Madras plague regulations in force outside the Presidency town - Volume 1
Disease focus: Plague
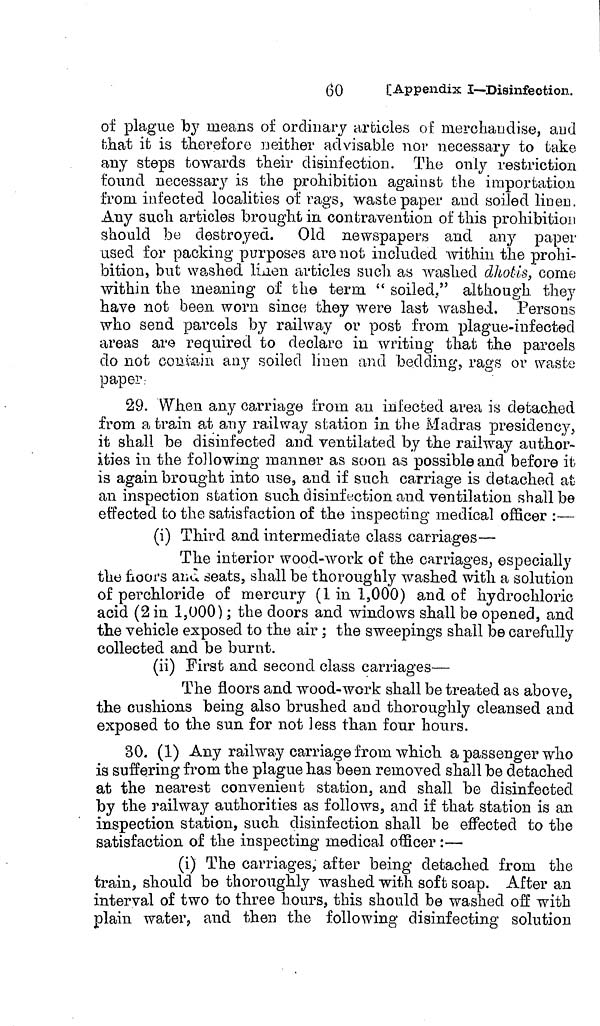
6O
[Appendix I—Disinfection.
of plague by means of ordinary articles of merchandise, and
that it is therefore u either advisable nor necessary to take
any steps towards their disinfection. The only restriction
found necessary is the prohibition against the importation
from infected localities of rags, waste paper and soiled linen.
Any such articles brought in contravention of this prohibition
should be destroyed. Old newspapers and any paper
used for packing purposes are not included within the prohi-
bition, but washed linen articles such, as washed dhotis, come
within the meaning of the term. " soiled," although they
have not been worn since they were last washed. Persons
who send parcels by railway or post from plague-infected
areas are required to declare in writing that the parcels
do not couvain any soiled linen and bedding, rags or waste
paper
29. When any carriage from an infected area is detached
from a train at any railway station in the Madras presidency,
it shall be disinfected and ventilated by the railway author-
ities in the following manner as soon as possible and before it
is again brought into use, and if such carriage is detached at-
an inspection station such disinfection and ventilation shall be
effected to the satisfaction of the inspecting medical officer :—
(i) Third and intermediate class carriages—
The interior wood-work of the carriages, especially
the ñoors and seats, shall be thoroughly washed with a solution
of perchloride of mercury (1 in 1,000) and of hydrochloric
acid (2 in 1,000) ; the doors and windows shall be opened, and
the vehicle exposed to the air ; the sweepings shall be carefully
collected and be burnt.
(ii) First and second class carriages—
The floors and wood-work shall be treated as above,
the cushions being also brushed and thoroughly cleansed and
exposed to the sun for not less than four hours.
30. (1) Any railway carriage from which a passenger who
is suffering from the plague has been removed shall be detached
at the nearest convenient station, and shall be disinfected
by the railway authorities as follows, and if that station is an
inspection station, such disinfection shall be effected to the
satisfaction of the inspecting medical officer :—
(i) The carriages, after being detached from the
train, should be thoroughly washed with soft soap. After an
interval of two to three hours, this should be washed off with
plain water, and then the following disinfecting solution